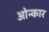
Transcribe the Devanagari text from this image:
ओन्कार